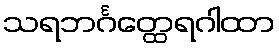
သရဘင်္ဂတ္ထေရဂါထာ